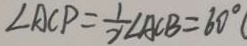
\angle A C P = \frac { 1 } { 2 } \angle A C B = 6 0 ^ { \circ }